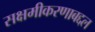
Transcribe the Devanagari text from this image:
सक्षमीकरणाबद्दल